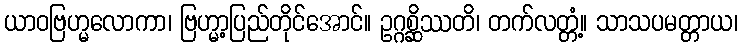
ယာဝဗြဟ္မလောကာ၊ ဗြဟ္မာ့ပြည်တိုင်အောင်။ ဥဂ္ဂစ္ဆိဿတိ၊ တက်လတ္တံ့။ သာသပမတ္တာယ၊